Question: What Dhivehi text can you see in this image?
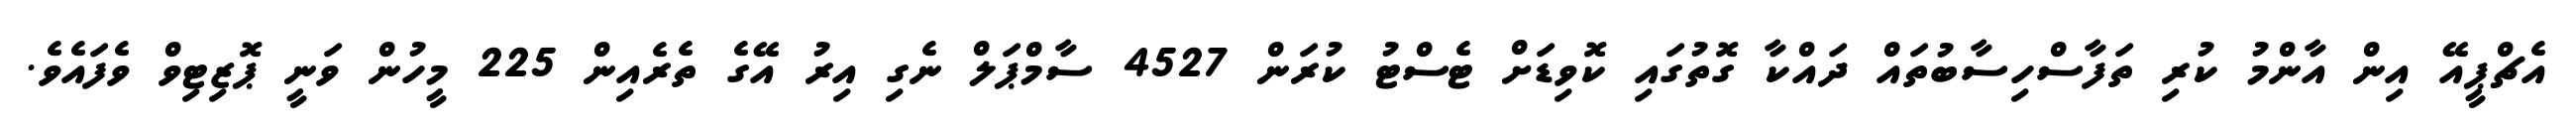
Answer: އެޗްޕީއޭ އިން އާންމު ކުރި ތަފާސްހިސާބުތައް ދައްކާ ގޮތުގައި ކޮވިޑަށް ޓެސްޓު ކުރަން 4527 ސާމްޕަލް ނެގި އިރު އޭގެ ތެރެއިން 225 މީހުން ވަނީ ޕޮޒިޓިވް ވެފައެވެ.